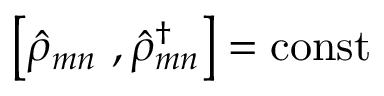
\left[ { \hat { \rho } } _ { m n } \mathrm { \ } , { \hat { \rho } } _ { m n } ^ { \dagger } \right] = \mathrm { c o n s t }